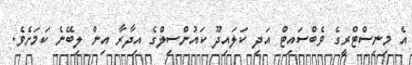
އެ މިނިސްޓްރީގެ ވެބްސައިޓް އަދި ކަލައިދޫ ކައުންސިލްގެ އިދާރާ އިން ލިބޭނެ ކަމަށެވެ.